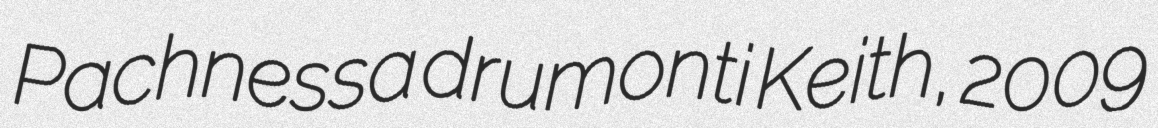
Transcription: Pachnessa drumonti Keith, 2009